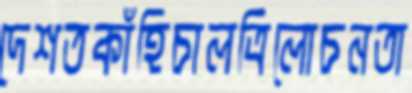
দেশতকাঁহিচালত্রিলোচনতা